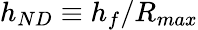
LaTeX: h_{ND}\equiv{h_{f}/{R_{max}}}